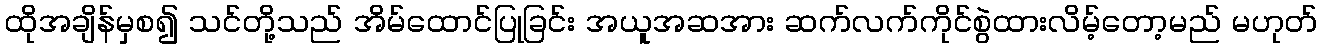
ထိုအချိန်မှစ၍ သင်တို့သည် အိမ်ထောင်ပြုခြင်း အယူအဆအား ဆက်လက်ကိုင်စွဲထားလိမ့်တော့မည် မဟုတ်